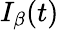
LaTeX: I_{\beta}(t)